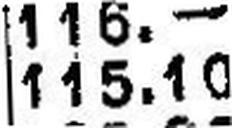
115.10